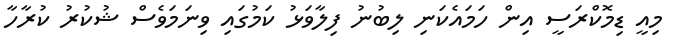
މިއީ ޑިމޮކްރަސީ އިން ހަމައެކަނި ލިބުނު ފިލާވަޅު ކަމުގައި ވިނަމަވެސް ޝުކުރު ކުރާހާ